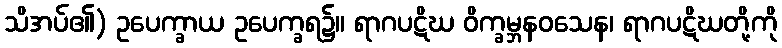
သိအပ်၏) ဥပေက္ခာယ ဥပေက္ခရ၌။ ရာဂပဋိဃ ဝိက္ခမ္ဘနဝသေန၊ ရာဂပဋိဃတို့ကို